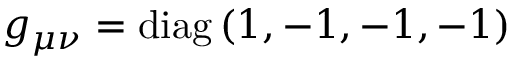
g _ { \mu \nu } = \mathrm { d i a g } \left( 1 , - 1 , - 1 , - 1 \right)